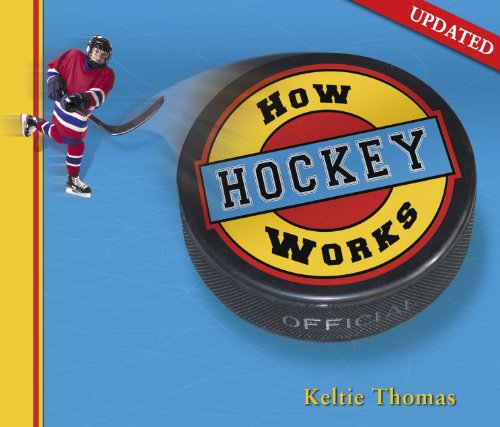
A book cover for How Hockey Works (How Sports Work); Keltie Thomas; Children's Books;